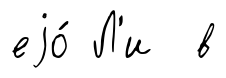
еjо́ Л'и в